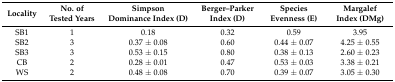
| Locality | No. of Tested Years | Simpson Dominance Index (D) | Berger–Parker Index (D) | Species Evenness (E) | Margalef Index (DMg) |
 | --- | --- | --- | --- | --- | --- |
 | SB1 | 1 | 0.18 | 0.32 | 0.59 | 3.95 |
 | SB2 | 3 | 0.37 ± 0.08 | 0.60 | 0.44 ± 0.07 | 4.25 ± 0.55 |
 | SB3 | 3 | 0.53 ± 0.15 | 0.80 | 0.38 ± 0.13 | 2.60 ± 0.23 |
 | CB | 2 | 0.28 ± 0.01 | 0.47 | 0.53 ± 0.03 | 3.38 ± 0.21 |
 | WS | 2 | 0.48 ± 0.08 | 0.70 | 0.39 ± 0.07 | 3.05 ± 0.30 |